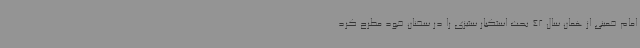
امام خمینی از همان سال 42 بحث استکبار ستیزی را در سخنان خود مطرح کرد